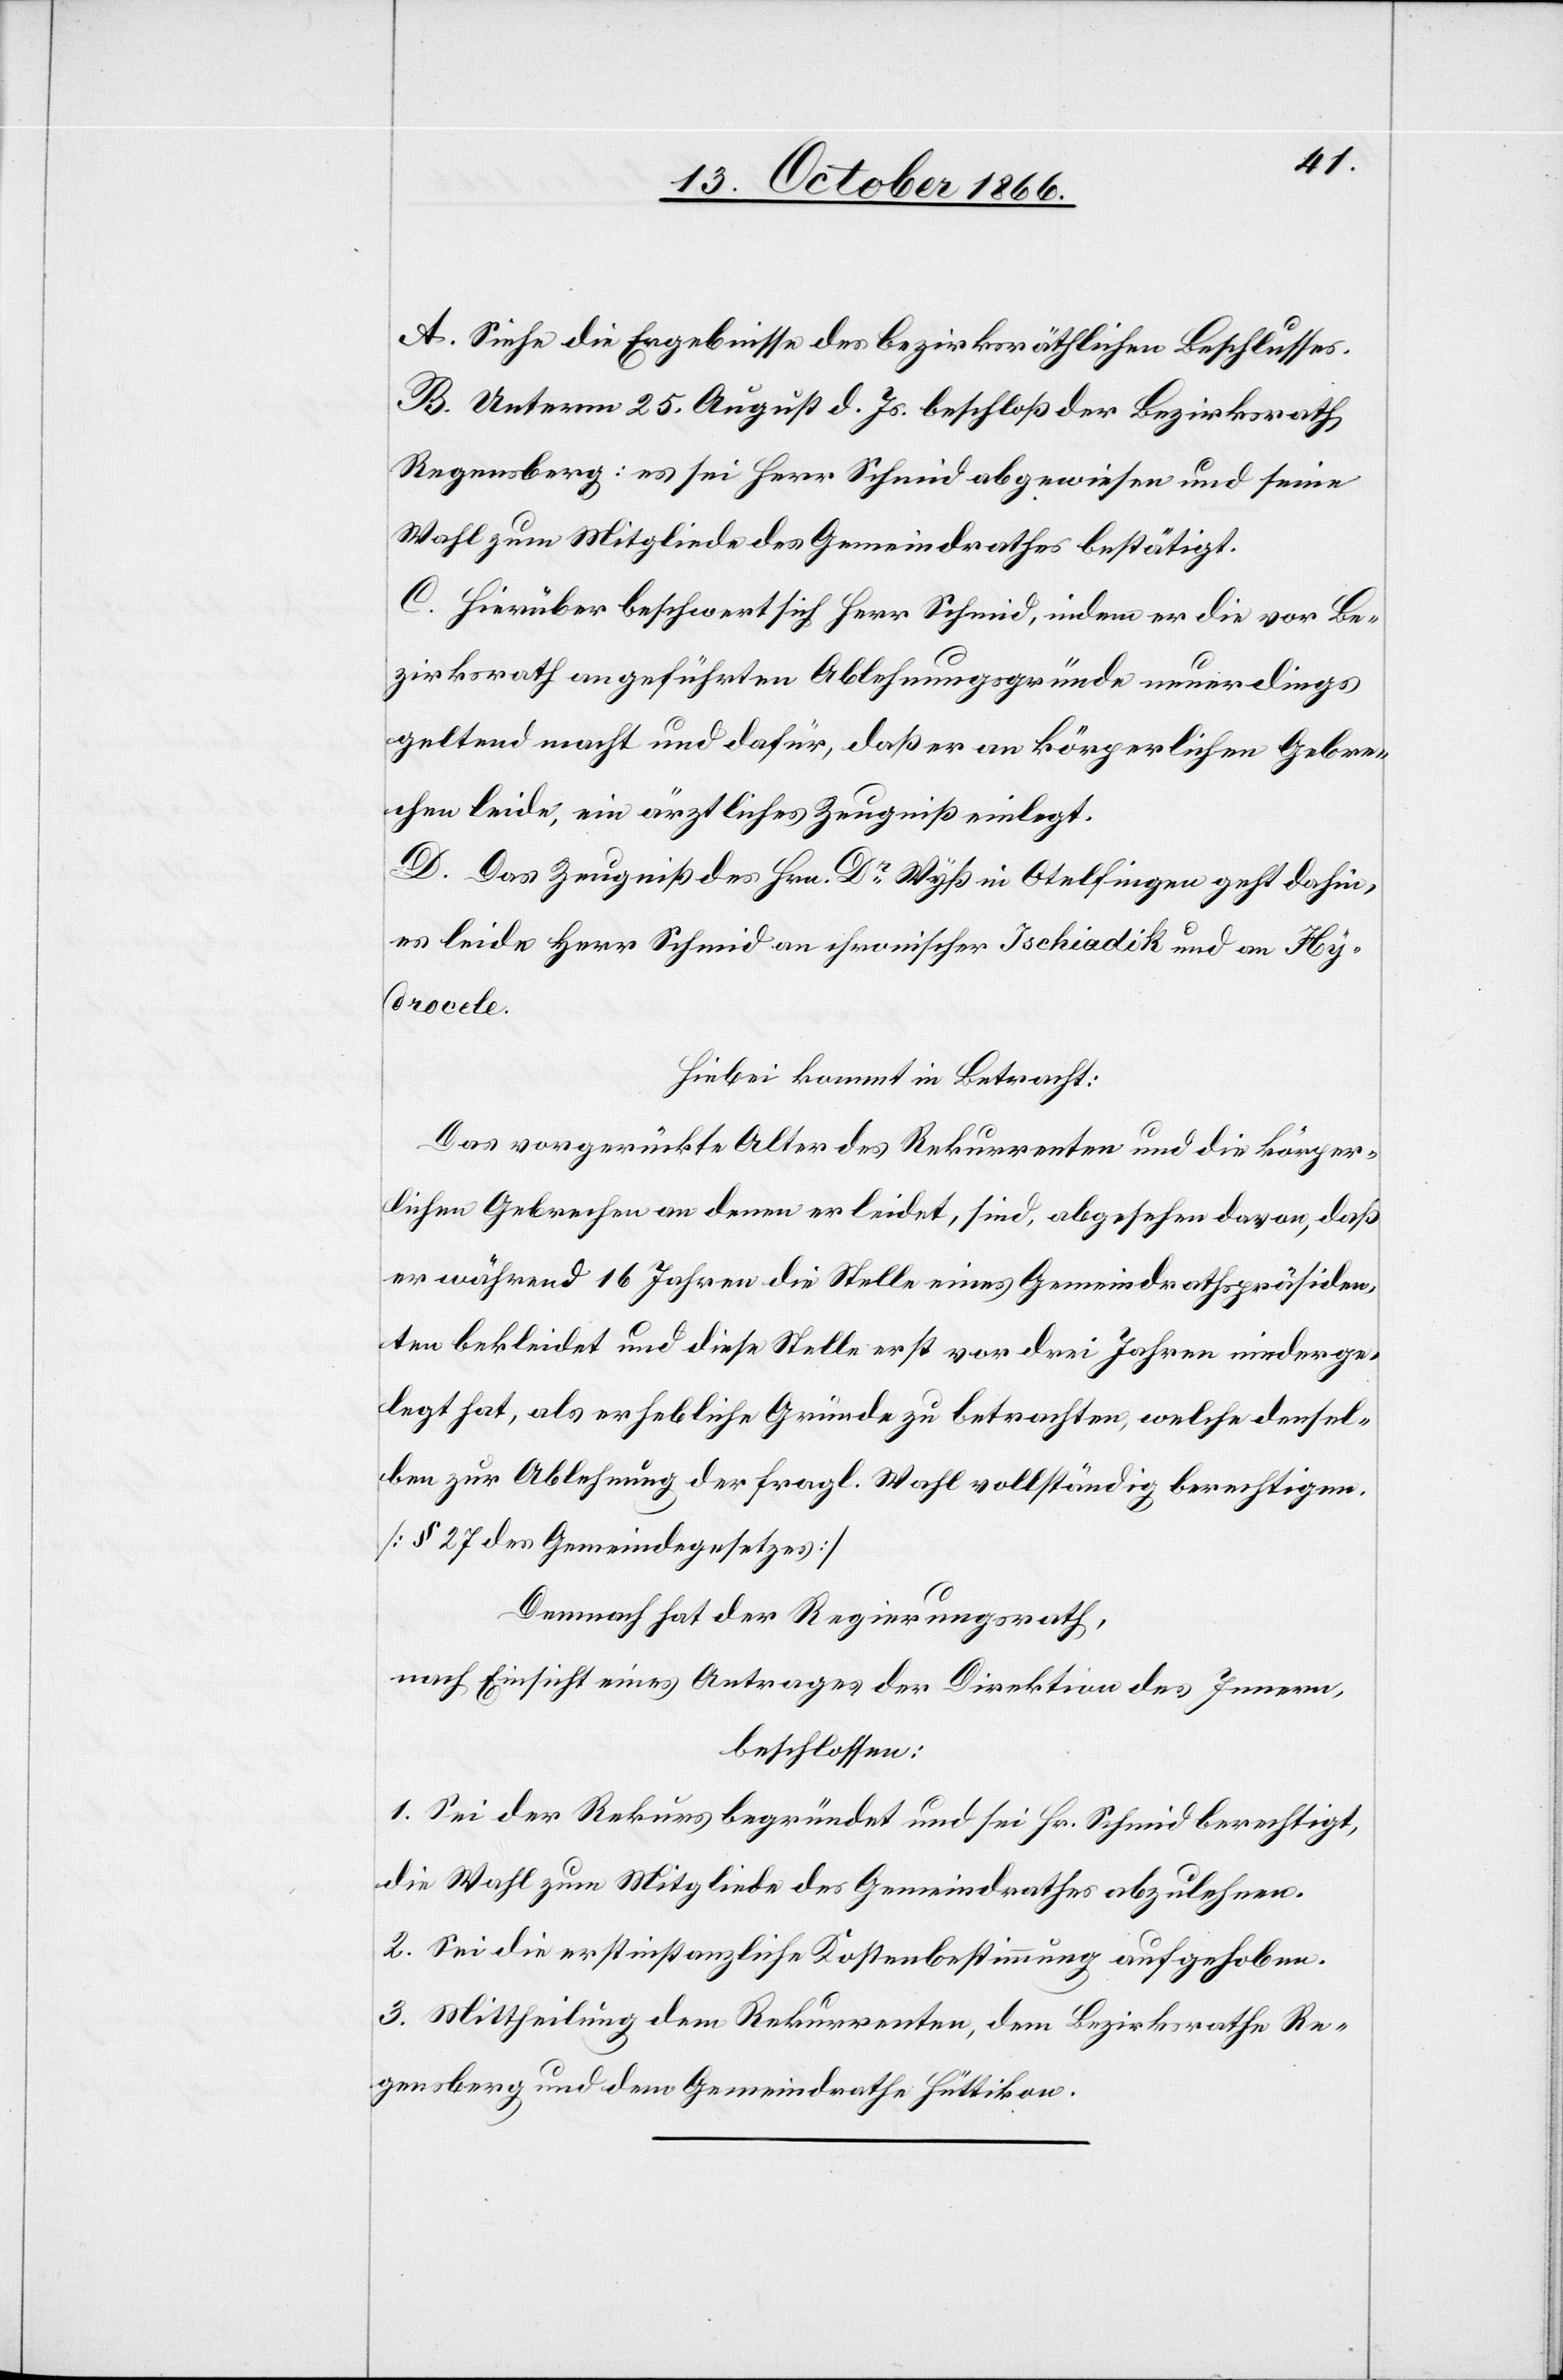
A. Siehe die Ergebnisse des bezirksräthlichen Beschlusses.
B. Unterm 25. August d. Js. beschloß der Bezirksrath
Regensberg: es sei Herr Schmid abgewiesen und seine
Wahl zum Mitgliede des Gemeindrathes bestätigt.
C. Hierüber beschwert sich Herr Schmid, indem er die vor Be¬
zirksrath angeführten Ablehnungsgründe neuerdings
geltend macht und dafür, daß er an körperlichen Gebre¬
chen leide, ein ärztliches Zeugniß einlegt.
D. Das Zeugniß des Hrn. Dr. Wyß in Otelfingen geht dahin,
es leide Herr Schmid an chronischer Ischiadik und an Hy¬
drocele.
Hiebei kommt in Betracht:
Das vorgerückte Alter des Rekurrenten und die körper¬
lichen Gebrechen an denen er leidet, sind, abgesehen davon, daß
er während 16 Jahren die Stelle eines Gemeindrathspräsiden¬
ten bekleidet und diese Stelle erst vor drei Jahren niederge¬
legt hat, als erhebliche Gründe zu betrachten, welche densel¬
ben zur Ablehnung der fragl. Wahl vollständig berechtigen.
[§ 27 des Gemeindegesetzes]
Demnach hat der Regierungsrath,
nach Einsicht eines Antrages der Direktion des Innern,
beschlossen:
1. Sei der Rekurs begründet und sei Hr. Schmid berechtigt,
die Wahl zum Mitgliede des Gemeindrathes abzulehnen.
2. Sei die erstinstanzliche Kostenbestimmung aufgehoben.
3. Mittheilung dem Rekurrenten, dem Bezirksrathe Re¬
gensberg und dem Gemeindrathe Hüttikon.